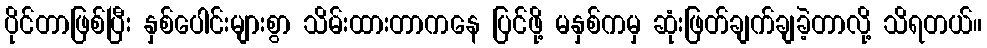
ပိုင်တာဖြစ်ပြီး နှစ်ပေါင်းများစွာ သိမ်းထားတာကနေ ပြင်ဖို့ မနှစ်ကမှ ဆုံးဖြတ်ချက်ချခဲ့တာလို့ သိရတယ်။